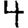
Digit: 4